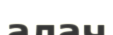
алач